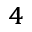
_ 4